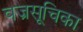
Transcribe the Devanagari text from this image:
वज्रसूचिका